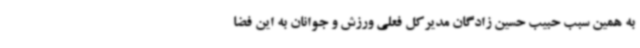
به همین سبب حبیب حسین زادگان مدیرکل فعلی ورزش و جوانان به این فضا